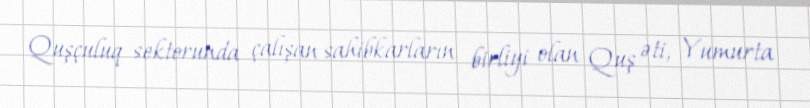
Quşçuluq sektorunda çalışan sahibkarların birliyi olan Quş əti, Yumurta